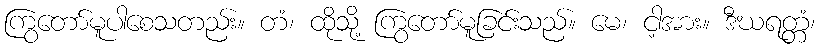
ကြွတော်မူပါစေသတည်း။ တံ၊ ထိုသို့ ကြွတော်မူခြင်းသည်။ မေ၊ ငါ့အား။ ဒီဃရတ္တံ၊